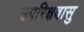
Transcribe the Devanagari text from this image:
उपरिक्षवासु